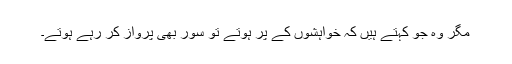
مگر وہ جو کہتے ہیں کہ خواہشوں کے پر ہوتے تو سور بھی پرواز کر رہے ہوتے۔